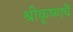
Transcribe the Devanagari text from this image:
श्रीकृष्णचॆ